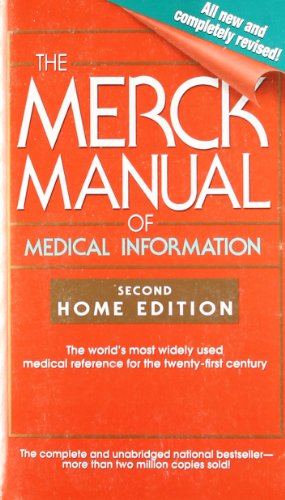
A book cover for The Merck Manual of Medical Information: Second Home Edition (Merck Manual of Medical Information, Home Ed.); Health, Fitness & Dieting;